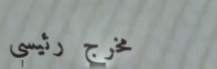
مخرج رئيسي